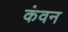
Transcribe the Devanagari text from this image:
कंवन